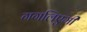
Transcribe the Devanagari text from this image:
गगलिएमी